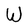
Character: W